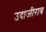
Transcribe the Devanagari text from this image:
उदाजीराव